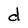
Character: d